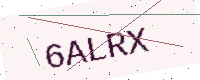
Text: 6ALRX